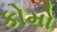
કોમો